Vaccination in Bombay 1874-1876 - 1874-1876
Year: 1874
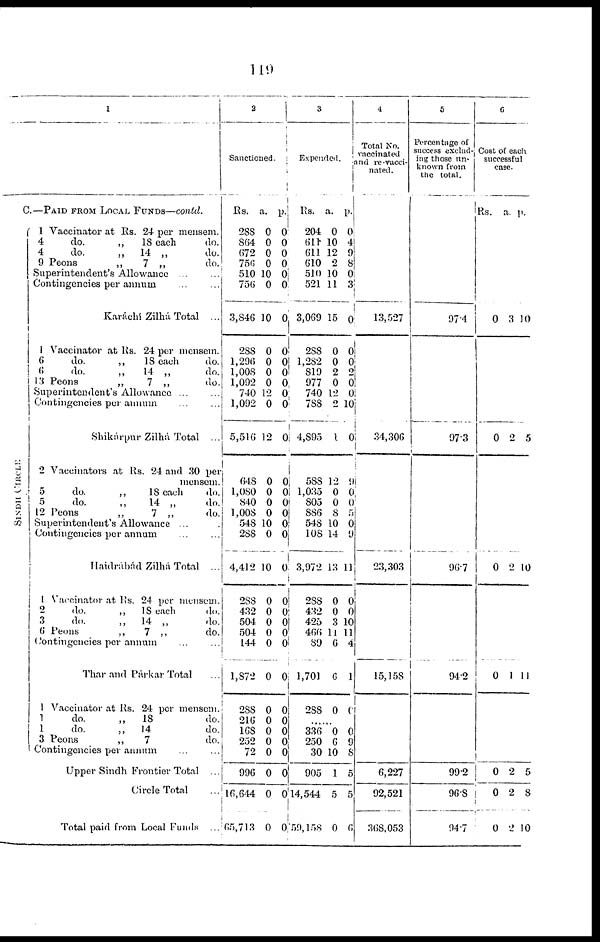
119
1
C.—PAID FROM LOCAL FUNDS—contd.
SINDH CIRCLE
1 Vaccinator at Rs. 24 per mensem.
4
do.
„
18 each
do.
4
do.
„
14 „
do.
9 Peons
„
7 „
do.
Superintendent's Allowance
...
...
Contingencies per annum ... ...
Karáchí Zilhá. Total ...
1 Vaccinator at Rs. 24 per mensem.
6
do.
„
18 each
do.
6
do.
„
14 „
do.
13 Peons
„
7 „
do.
Superintendent's Allowance ...
Contingencies per annum ... ...
Shikárpur Zilhá Total ...
2 Vaccinators at Rs. 24 and 30 per
mensem.
5
do.
„
18 each
do.
5
do.
„
14 „
do.
12 Peons
„
7 „
do.
Superintendent's Allowance ..
Contingencies per annum
Haidrábád Zilhá Total ...
1 Vaccinator at Rs. 24 per mensem.
2
do.
„
18 each
do.
3
do.
„
14 „
do.
6 Peons
„
7 „
do.
Contingencies per annum ... ...
Thar and Párkar Total ...
1 Vaccinator at Rs. 24 per mensem.
1
do.
„
18
do.
1
do.
„
14
do.
3 Peons
„
7
do.
1 Contingencies per annum ... ...
Upper Sindh Frontier Total ...
Circle Total
Total paid from Local Funds
2
Sanctioned.
Rs.
288
864
672
756
510
756
3,846
288
1,296
1,008
1,092
740
1,092
5,516
648
1,080
840
1,008
548
288
4,412
288
432
504
504
144
1,872
288
216
168
252
72
996
16,644
65,713
a.
0
0
0
0
10
0
10
0
0
0
0
12
0
12
0
0
0
0
10
0
10
0
0
0
0
0
0
0
0
0
0
0
0
0
0
p.
0
0
0
0
0
0
0
0
0
0 0
0
0
0
0
0
0
0
0
0
0
0
0
0
0 0
0
0
0
0
0
0
0
0
0
3
Expended.
Rs.
204
611
611
610
510
521
3,069
288
1,282
819
977
740
788
4,895
588
1,035
805
886
548
108
3,972
288
432
425
466
89
1,701
288
a.
0
10
12
2
10
11
15
0
0
2
0
12
2
1
12
0
0
8
10
14
13
0
0
3
11
6
6
0
p.
0
4 9
8
0
3
0
0
0
2
0 0
10
0
9
0
0
5
0
9
11
0
0
10
11
4
1
0
...
336
250
30
905
14,544
59,158
0
6
10
1
5
0
0
9
8
5
5
6
4
Total No.
vaccinated
and re-vacci¬
nated.
13,527
34,306
23,303
15,158
6,227
92,521
368,053
5
Percentage of
success exclud¬
ing those un-
known from
the total.
97.4
97.3
96.7
94.2
99.2
96.8
94.7
6
Cost of each
successful
case.
Rs.
0
0
0
0
0
0
0
a.
3
2
2
1
2
2
2
p.
10
5
10
11
5
8
10